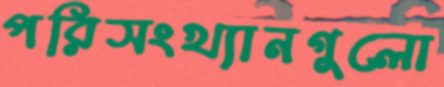
পরিসংখ্যানগুলো